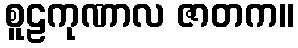
စူဠကုဏာလ ဇာတက။